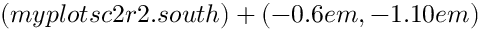
( m y p l o t s c 2 r 2 . s o u t h ) + ( - 0 . 6 e m , - 1 . 1 0 e m )